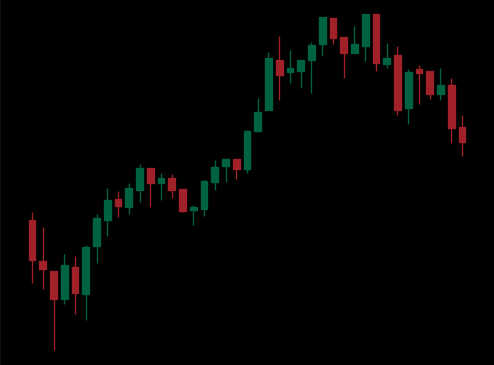
Pattern: bear_flag